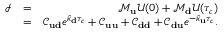
\begin{array} { r l r } { \mathcal { I } } & { = } & { \mathcal { M } _ { \bf u } \mathcal { U } ( 0 ) + \mathcal { M } _ { \bf d } \mathcal { U } ( \tau _ { c } ) } \\ & { = } & { \mathcal { C } _ { \bf u d } e ^ { \hat { \kappa } _ { \bf d } \tau _ { c } } + \mathcal { C } _ { \bf u u } + \mathcal { C } _ { \bf d d } + \mathcal { C } _ { \bf d u } e ^ { - \hat { \kappa } _ { \bf u } \tau _ { c } } . } \end{array}